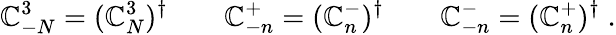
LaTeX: \mathbb{C}_{-N}^{3}=(\mathbb{C}_{N}^{3})^{\dagger}\qquad\mathbb{C}_{-n}^{+}=(\mathbb{C}_{n}^{-})^{\dagger}\qquad\mathbb{C}_{-n}^{-}=(\mathbb{C}_{n}^{+})^{\dagger}\; .